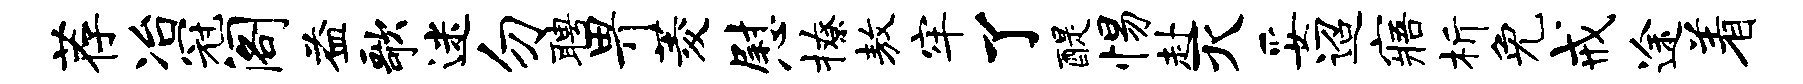
荐冶冠阁益歌迷勿聘畀菱慰撩敖牢了醍惕赴灭妥迢寤析免戒途着